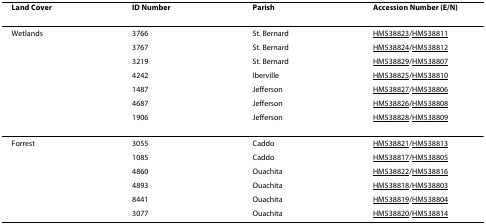
| Land Cover | ID Number | Parish | Accession Number (E/N) |
 | --- | --- | --- | --- |
 | Wetlands | 3766 | St. Bernard | HM538823/HM538811 |
 |  | 3767 | St. Bernard | HM538824/HM538812 |
 |  | 3219 | St. Bernard | HM538829/HM538807 |
 |  | 4242 | Iberville | HM538825/HM538810 |
 |  | 1487 | Jefferson | HM538827/HM538806 |
 |  | 4687 | Jefferson | HM538826/HM538808 |
 |  | 1906 | Jefferson | HM538828/HM538809 |
 | Forrest | 3055 | Caddo | HM538821/HM538813 |
 |  | 1085 | Caddo | HM538817/HM538805 |
 |  | 4860 | Ouachita | HM538822/HM538816 |
 |  | 4893 | Ouachita | HM538818/HM538803 |
 |  | 8441 | Ouachita | HM538819/HM538804 |
 |  | 3077 | Ouachita | HM538820/HM538814 |